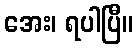
အေး၊ ရပါပြီ။